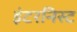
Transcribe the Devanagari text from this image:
इंटरनिस्ट